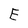
Character: E